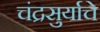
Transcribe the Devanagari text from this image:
चंद्रसुर्याचे